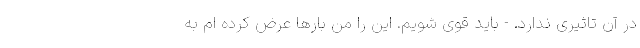
در آن تاثیری ندارد. - باید قوی شویم. این را من بارها عرض کرده ام به